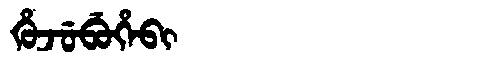
Manchu: ᡥᡠᠵᡠᠪᡠᡥᡝᠪᡳ
Romanization: HUJUBUHEBI